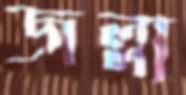
জল্লা